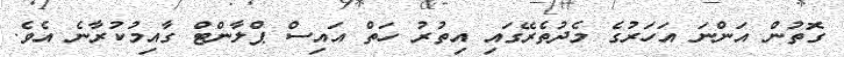
ގޮތުން އަންނަ އަހަރުގެ މެދުތެރޭގައި އިތުރު ހަތް އައިސް ޕްލާންޓް ގާއިމުކުރާނެ އެވެ.